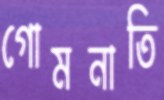
গোমনাতি